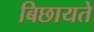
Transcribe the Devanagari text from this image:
बिछायते